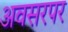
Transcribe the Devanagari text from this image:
अवसरपर